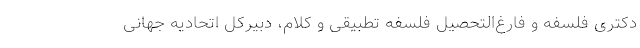
دکتری فلسفه و فارغ‌التحصیل فلسفه تطبیقی و کلام، دبیرکل اتحادیه جهانی